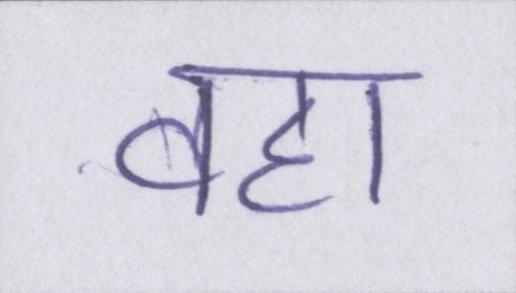
वहां